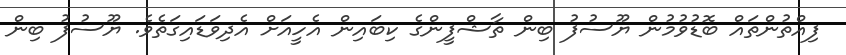
ފިއްތުންތައް ބޮޑުވުމުން ޔޫސުފު ބިން ތާޝްފީންގެ ކިބައިން އެހީއަށް އެދިވަޑައިގަތެވެ. ޔޫސުފު ބިން